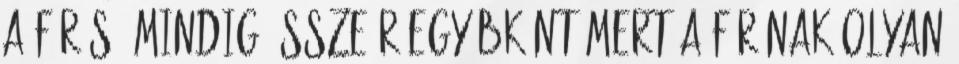
a fúrás. MINDIG összeér egyébként mert a fúrónak olyan